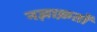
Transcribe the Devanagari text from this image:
नज़ाक़तों